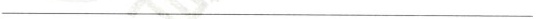
___